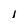
Character: 1